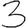
Digit: 3